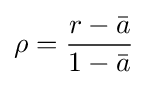
\rho ={\frac {r-{\bar {a}}}{1-{\bar {a}}}}